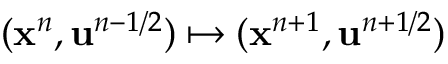
( \mathbf { x } ^ { n } , \mathbf { u } ^ { n - 1 / 2 } ) \mapsto ( \mathbf { x } ^ { n + 1 } , \mathbf { u } ^ { n + 1 / 2 } )